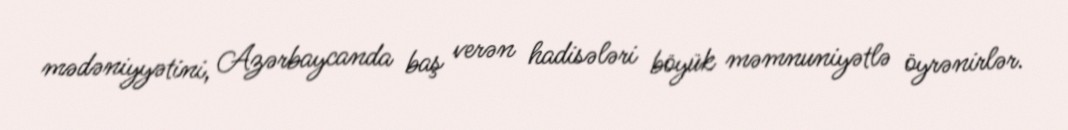
mədəniyyətini, Azərbaycanda baş verən hadisələri böyük məmnuniyətlə öyrənirlər.